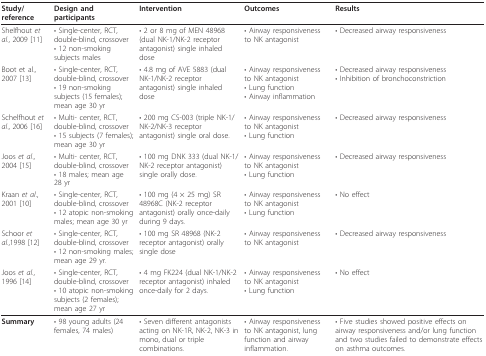
| Study/reference | Design and participants | Intervention | Outcomes | Results |
 | --- | --- | --- | --- | --- |
 | Shelfhout et al., 2009 [11] | • Single-center, RCT, double-blind, crossover• 12 non-smoking subjects males | • 2 or 8 mg of MEN 48968 (dual NK-1/NK-2 receptor antagonist) single inhaled dose | • Airway responsiveness to NK antagonist | • Decreased airway responsiveness |
 | Boot et al., 2007 [13] | • Single-center, RCT, double-blind, crossover• 19 non-smoking subjects (15 females);mean age 30 yr | • 4.8 mg of AVE 5883 (dual NK-1/NK-2 receptor antagonist) single inhaled dose | • Airway responsiveness to NK antagonist• Lung function• Airway inflammation | • Decreased airway responsiveness• Inhibition of bronchoconstriction |
 | Schelfhout et al., 2006 [16] | • Multi- center, RCT, double-blind, crossover• 15 subjects (7 females); mean age 30 yr | • 200 mg CS-003 (triple NK-1/NK-2/NK-3 receptor antagonist) single oral dose. | • Airway responsiveness to NK antagonist• Lung function | • Decreased airway responsiveness |
 | Joos et al., 2004 [15] | • Multi- center, RCT, double-blind, crossover• 18 males; mean age 28 yr | • 100 mg DNK 333 (dual NK-1/NK-2 receptor antagonist) single orally dose. | • Airway responsiveness to NK antagonist• Lung function | • Decreased airway responsiveness |
 | Kraan et al., 2001 [10] | • Single-center, RCT, double-blind, crossover• 12 atopic non-smoking males; mean age 30 yr | • 100 mg (4 × 25 mg) SR 48968C (NK-2 receptor antagonist) orally once-daily during 9 days. | • Airway responsiveness to NK antagonist• Lung function | • No effect |
 | Schoor et al.,1998 [12] | • Single-center, RCT, double-blind, crossover• 12 non-smoking males; mean age 29 yr. | • 100 mg SR 48968 (NK-2 receptor antagonist) orally single dose | • Airway responsiveness to NK antagonist | • Decreased airway responsiveness |
 | Joos et al., 1996 [14] | • Single-center, RCT, double-blind, crossover• 10 atopic non-smoking subjects (2 females); mean age 27 yr | • 4 mg FK224 (dual NK-1/NK-2 receptor antagonist) inhaled once-daily for 2 days. | • Airway responsiveness to NK antagonist• Lung function | • No effect |
 | Summary | • 98 young adults (24 females, 74 males) | • Seven different antagonists acting on NK-1R, NK-2, NK-3 in mono, dual or triple combinations. | • Airway responsiveness to NK antagonist, lung function and airway inflammation. | • Five studies showed positive effects on airway responsiveness and/or lung function and two studies failed to demonstrate effects on asthma outcomes. |